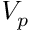
V _ { p }